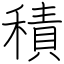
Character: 積